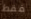
فقط